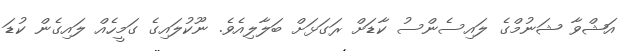
އަޝްވާ ޝަނުމްގެ ލައިސެންސު ކާޑަށް ރަގަޅަށް ބަލާލިއެވެ. ނޫކުލައިގެ ގަމީހެއް ލައިގެން ކުޑަ